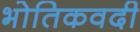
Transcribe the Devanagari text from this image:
भोतिकवदी